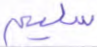
سليم